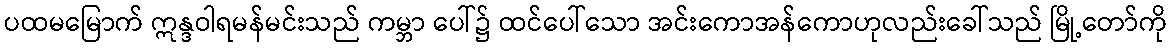
ပထမမြောက် ဣန္ဒဝါရမန်မင်းသည် ကမ္ဘာ ပေါ်၌ ထင်ပေါ်သော အင်းကောအန်ကောဟုလည်းခေါ်သည် မြို့တော်ကို